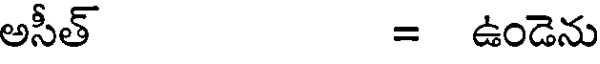
అసీత్ = ఉండెను